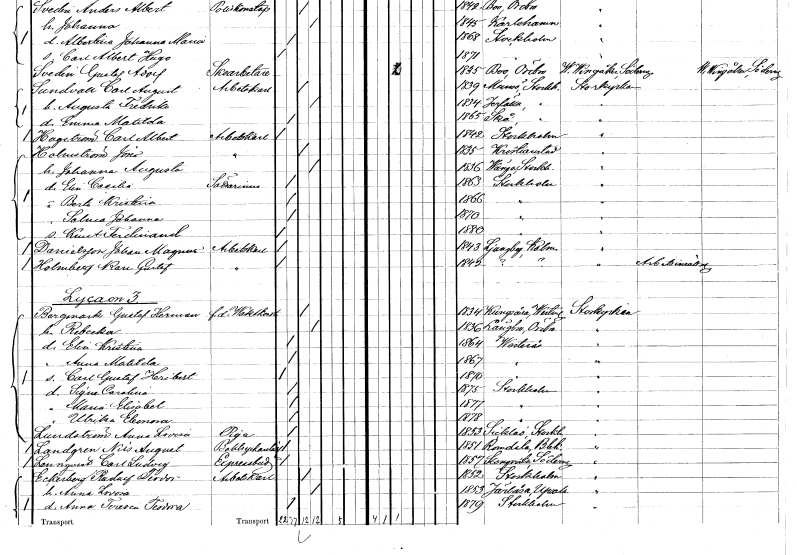
gt_parse: households: individuals: FN: Carl Albert
EN: Hagström
YRKE: Arbetskarl
KON: M
CIV: O
FODAR: 1842
FODFORS: Stockholm
FN: Jöns
EN: Holmström
YRKE: Arbetskarl
KON: M
CIV: G
FODAR: 1835
FODFORS: Kristianstad Kristianstads län
FN: Johanna Augusta
KON: K
CIV: G
FODAR: 1836
FODFORS: Vänge Uppsala län
FN: Elin Cecilia
YRKE: Sättarinna
KON: K
CIV: O
FODAR: 1863
FODFORS: Stockholm
FN: Berta Kristina
KON: K
CIV: O
FODAR: 1866
FODFORS: Stockholm
FN: Selma Johanna
KON: K
CIV: O
FODAR: 1870
FODFORS: Stockholm
FN: Knut Ferdinand
KON: M
CIV: O
FODAR: 1880
FODFORS: Stockholm
FN: Johan Magnus
EN: Danielsson
YRKE: Arbetskarl
KON: M
CIV: O
FODAR: 1843
FODFORS: Ljungby Kalmar län
FN: Karl Gustaf
EN: Holmberg
YRKE: Arbetskarl
KON: M
CIV: O
FODAR: 1842
FN: Gustaf Herman
EN: Bergmark
YRKE: Vaktkonstapel f.d.
KON: M
CIV: G
FODAR: 1834
FODFORS: Kungsåra Västmanlands län
FN: Rebecka
KON: K
CIV: G
FODAR: 1836
FODFORS: Längbro Örebro län
FN: Elin Kristina
KON: K
CIV: O
FODAR: 1864
FODFORS: Västerås Västmanlands län
FN: Anna Matilda
KON: K
CIV: O
FODAR: 1867
FODFORS: Västerås Västmanlands län
FN: Carl Gustaf Heribert
KON: M
CIV: O
FODAR: 1870
FODFORS: Västerås Västmanlands län
FN: Signe Carolina
KON: K
CIV: O
FODAR: 1875
FODFORS: Stockholm
FN: Maria Elisabet
KON: K
CIV: O
FODAR: 1877
FODFORS: Stockholm
FN: Ulrika Eleonora
KON: K
CIV: O
FODAR: 1878
FODFORS: Stockholm
FN: Anna Lovisa
EN: Lundström
YRKE: Piga
KON: K
CIV: O
FODAR: 1853
FODFORS: Sicklaö Stockholms län
FN: Nils August
EN: Landgren
YRKE: Boktryckerilärling
KON: M
CIV: O
FODAR: 1851
FODFORS: Romelanda Göteborgs- och Bohuslän
FN: Carl Ludvig
EN: Lennqvist
YRKE: Expressbud
KON: M
CIV: O
FODAR: 1857
FODFORS: Stenkvista Södermanlands län
FN: Rudolf Teodor
EN: Eckerberg
YRKE: Arbetskarl
KON: M
CIV: G
FODAR: 1852
FODFORS: Stockholm
FN: Anna Lovisa
KON: K
CIV: G
FODAR: 1853
FODFORS: Järlåsa Uppsala län
FN: Anna Teresia Teodora
KON: K
CIV: O
FODAR: 1879
FODFORS: Stockholm